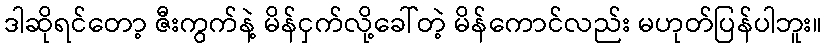
ဒါဆိုရင်တော့ ဇီးကွက်နဲ့ မိန်ငှက်လို့ခေါ်တဲ့ မိန်ကောင်လည်း မဟုတ်ပြန်ပါဘူး။